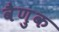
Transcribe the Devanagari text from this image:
वैणुक